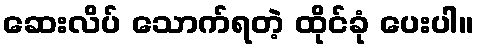
ဆေးလိပ် သောက်ရတဲ့ ထိုင်ခုံ ပေးပါ။